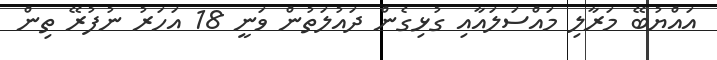
އައްޔުބޭ މަރާލި މައްސަލައާއި ގުޅިގެން ދައުލަތުން ވަނީ 18 އަހަރު ނުފުރޭ ތިން